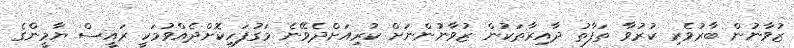
ޒުވާނުން ބާރުވެރި ކުރުވާ ތަފާތު ދާއިރާތަކުން ޒުވާނުންނަށް ކުރިއަށްދެވޭނެ މަގުފަހިކޮށްދެއްވުމަކީ ރައީސް ޔާމީންގެ